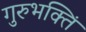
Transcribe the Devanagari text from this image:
गुरुभक्तिं